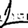
Digit: 1